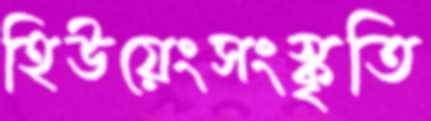
হিউয়েংসংস্কৃতি